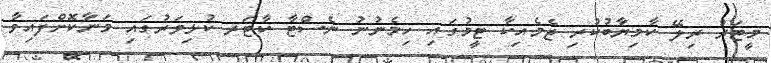
މީޓަރު ރިލޭ ކާމިޔާބުކުރި ޖެމެއިކާ ޓީމުގައި ހިމެނުނު ނެސްޓާ ކާޓަރ ކުޅިވަރުގައި މަނާކޮށްފައިވާ